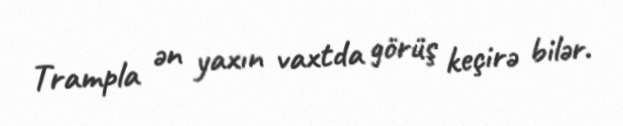
Trampla ən yaxın vaxtda görüş keçirə bilər.